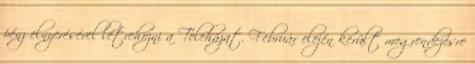
pénz elnyerésével létrehozni a Teleházat. Február elején került megrendezésre